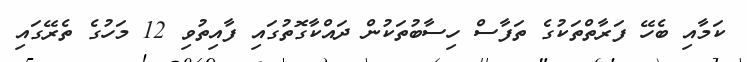
ކަމާއި ބެހޭ ފަރާތްތަކުގެ ތަފާސް ހިސާބުތަކުން ދައްކާގޮތުގައި ފާއިތުވި 12 މަހުގެ ތެރޭގައި